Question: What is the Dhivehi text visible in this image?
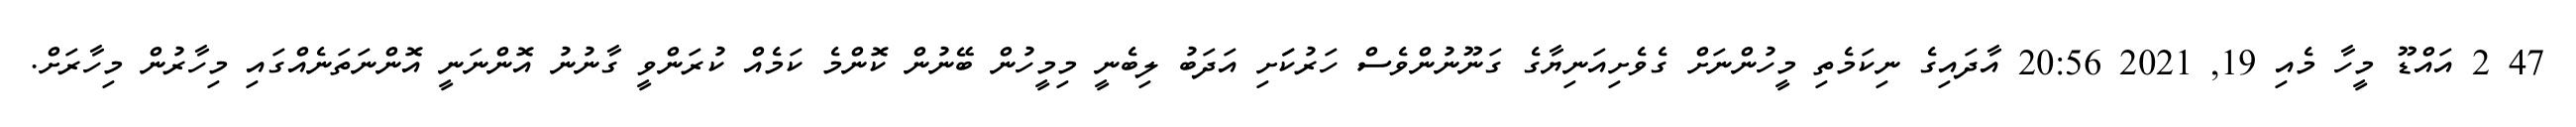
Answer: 47 2 އައްޑޫ މީހާ މެއި 19, 2021 20:56 އާދައިގެ ނިކަމެތި މީހުންނަށް ގެވެށިއަނިޔާގެ ގަނޫނުންވެސް ހަރުކަަށި އަދަބު ލިބެނީ މިމީހުން ބޭނުން ކޮންމެ ކަމެއް ކުރަންވީ ގާނުނު އޮންނަނީ އޮންނަތަނެއްގައި މިހާރުން މިހާރަށް.